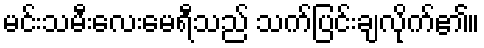
မင်းသမီးလေးမေရီသည် သက်ပြင်းချလိုက်၏။